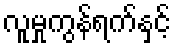
လူမှုကွန်ရက်နှင့်